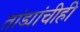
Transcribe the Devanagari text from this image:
तांड्यांचीही